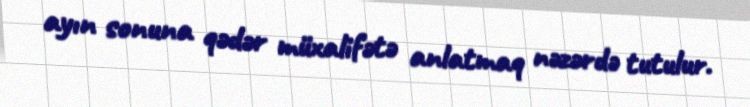
ayın sonuna qədər müxalifətə anlatmaq nəzərdə tutulur.